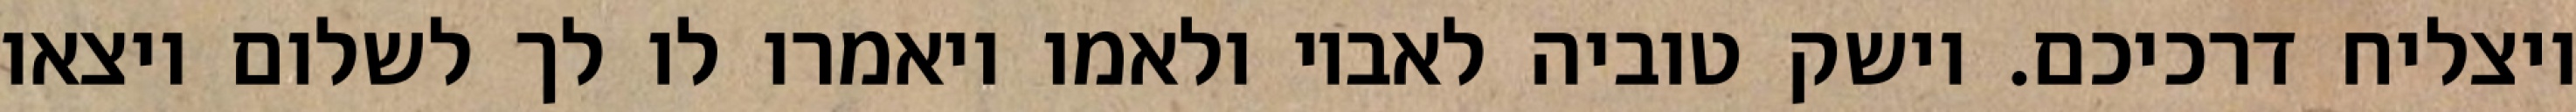
ויצליח דרכיכם. וישק טוביה לאביו ולאמו ויאמרו לו לך לשלום ויצאו